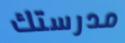
مدرستك